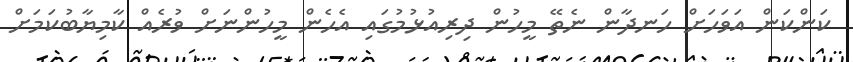
ކަންކަން އަވަހަށް ހަނދާން ނެތޭ މީހުން ދިރިއުޅުމުގައި އެހެން މީހުންނަށް ވުރެއް ކާމިޔާބުކަމަށް